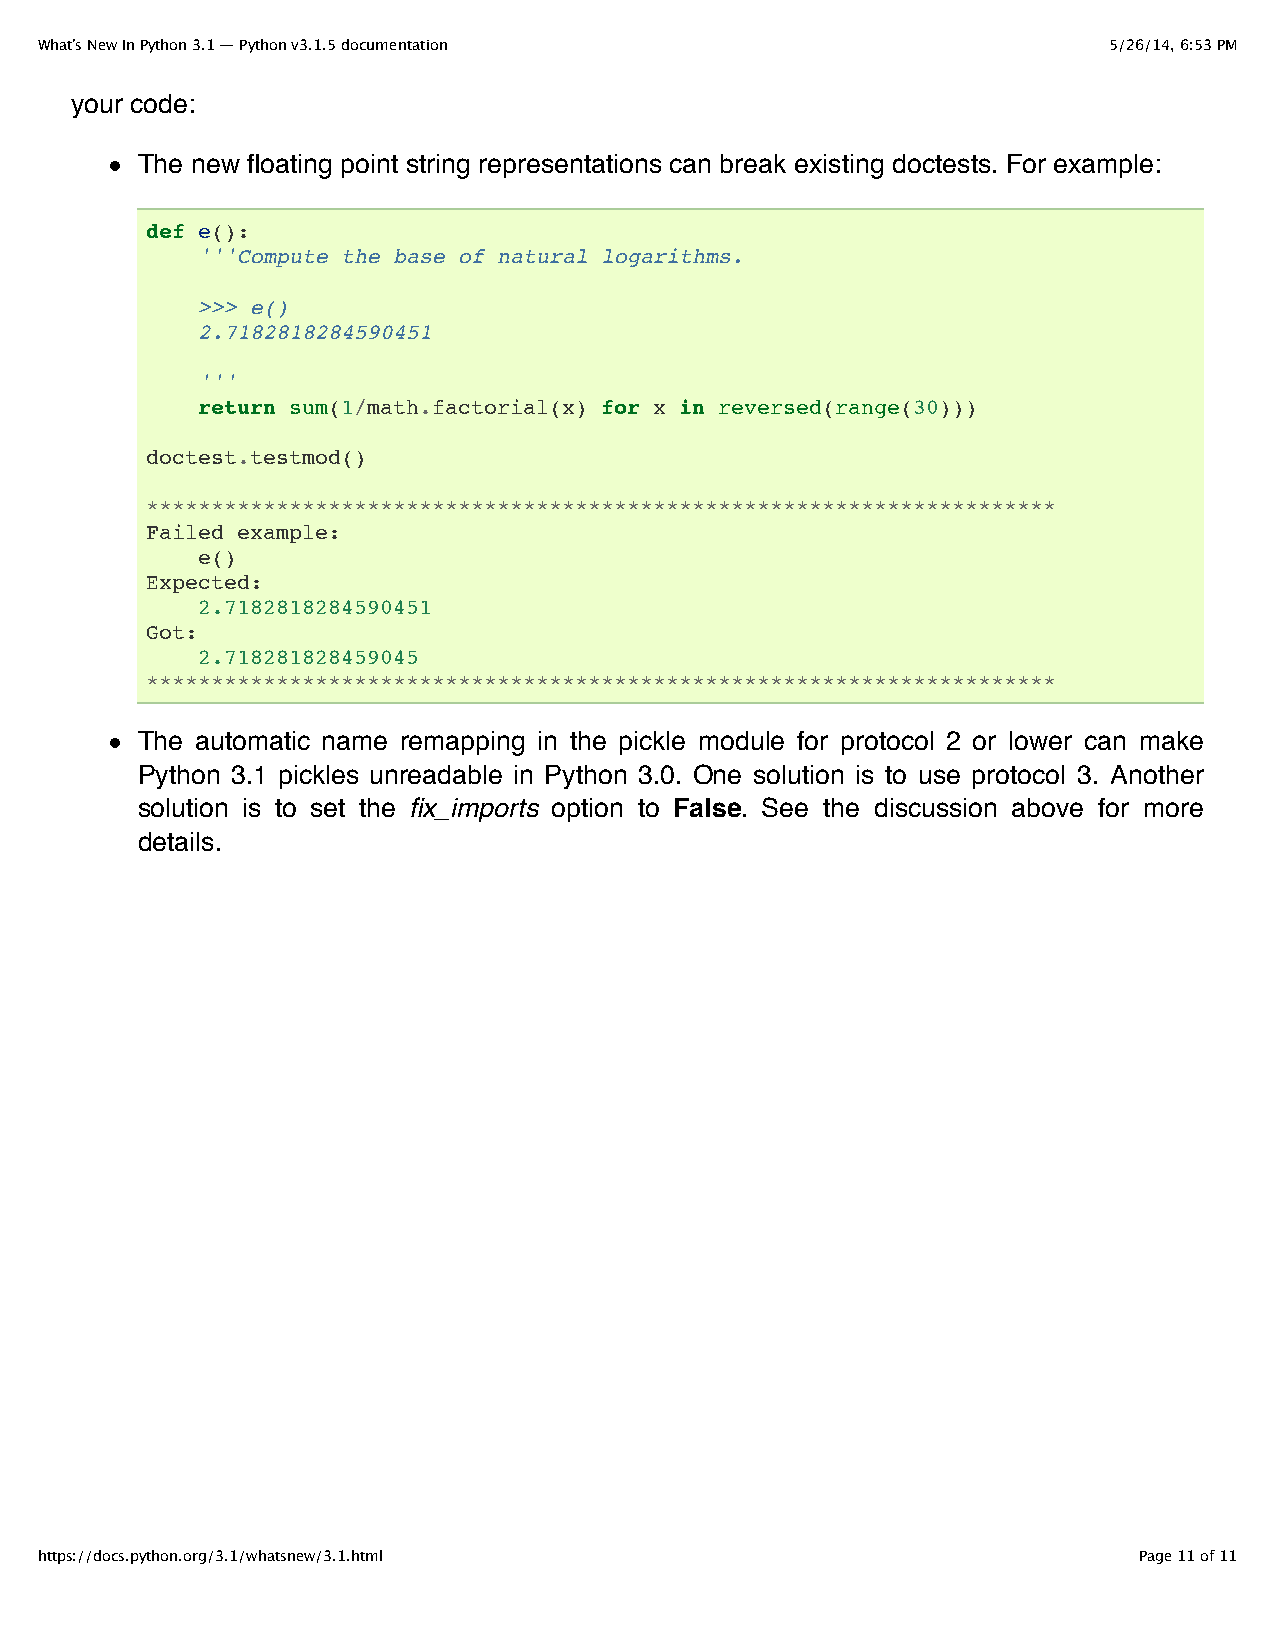
What’s New In Python 3.1 — Python v3.1.5 documentation                 5/26/14, 6:53 PM
 your code:
 The new floating point string representations can break existing doctests. For example:
 def e():
 '''Compute the base of natural logarithms.
 >>> e()
 2.7182818284590451
 '''
 return sum(1/math.factorial(x) for x in reversed(range(30)))
 doctest.testmod()
 **********************************************************************
 Failed example:
 e()
 Expected:
 2.7182818284590451
 Got:
 2.718281828459045
 **********************************************************************
 The automatic name remapping in the pickle module for protocol 2 or lower can make
 Python 3.1 pickles unreadable in Python 3.0. One solution is to use protocol 3. Another
 solution is to set the fix_imports option to False. See the discussion above for more
 details.
 https://docs.python.org/3.1/whatsnew/3.1.html                            Page 11 of 11